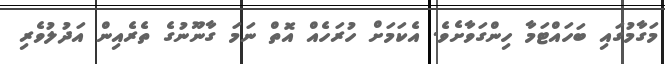
މަގާމުގައި ބަހައްޓަމާ ހިންގަވާށެވެ. އެކަމަށް ހުރަހެއް އޮތް ނަމަ ގާނޫނުގެ ތެރެއިން އަދުލުވެރި